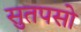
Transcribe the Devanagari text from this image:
सुतपसो